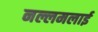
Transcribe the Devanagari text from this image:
नल्लमलाई